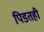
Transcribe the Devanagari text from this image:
पिडतही